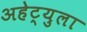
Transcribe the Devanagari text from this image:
अहेट्युला